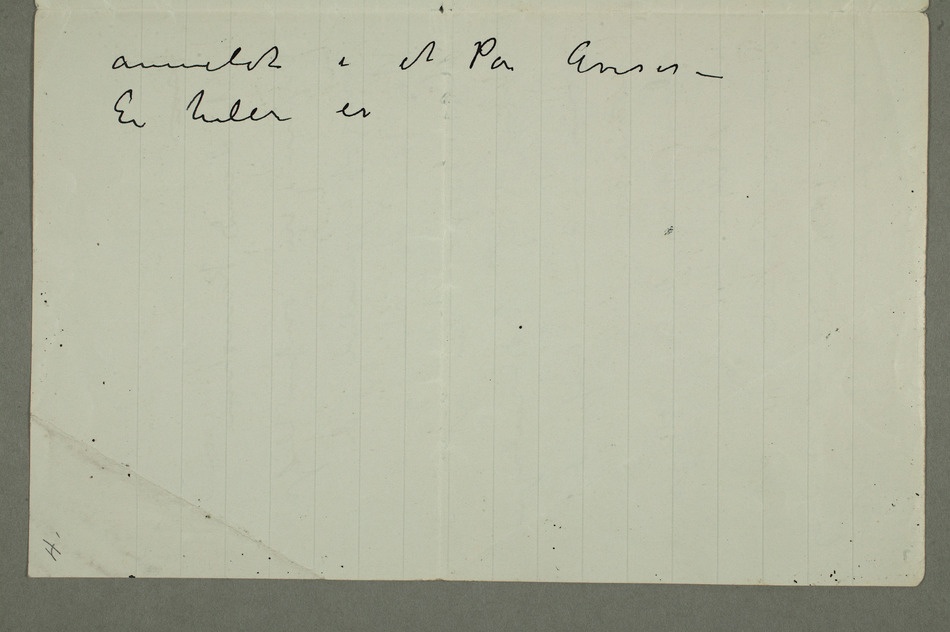
anmeldt i et Par Aviser –
Ei heler er